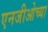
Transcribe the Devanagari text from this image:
एनजीओच्या